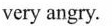
very angry.